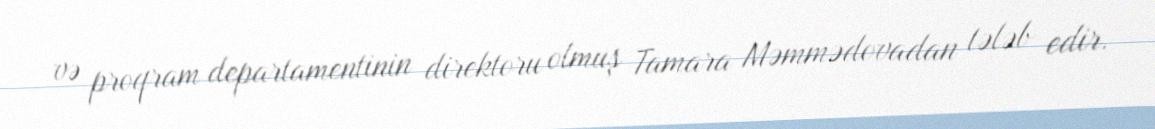
və proqram departamentinin direktoru olmuş Tamara Məmmədovadan tələb edir.